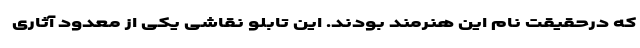
که درحقیقت نام این هنرمند بودند. این تابلو نقاشی یکی از معدود آثاری